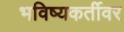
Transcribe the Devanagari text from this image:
भविष्यकर्तीवर